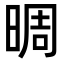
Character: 晭